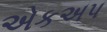
એકઅપ